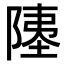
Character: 𫕇